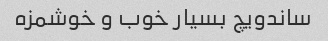
ساندویچ بسیار خوب و خوشمزه